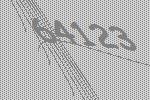
64123